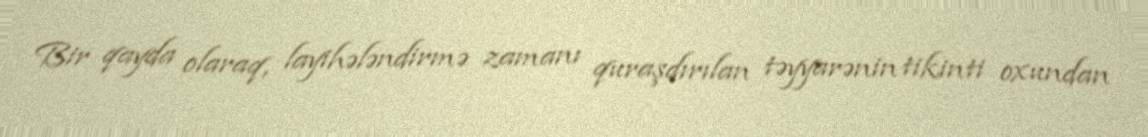
Bir qayda olaraq, layihələndirmə zamanı quraşdırılan təyyarənin tikinti oxundan